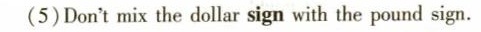
(5)Don't mix the dollar sign with the pound sign.